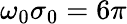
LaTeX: \omega_{0}\sigma_{0}=6\pi